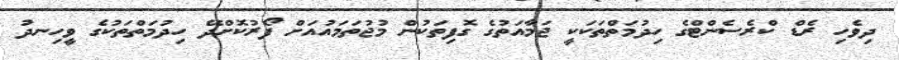
ދިވެހި ރެޑް ކްރެސެންޓްގެ ހިދުމަތްތަކަކީ ޖަމާއަތުގެ ގޮފިތަކުން މުޖުތަމައުއަށް ފޯރުކޮށްދޭ ހިދުމަތްތަކުގެ ވީހިނދު